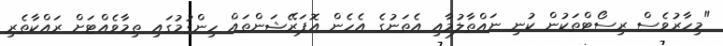
"މިހާރުވެސް ރިސޯޓްތަކުން ކުނި ނައްތާލުމާއި އެތަނުގެ އެހެން އޮޕަރޭޝަންތައް ހިންގުމުގައި ތިމާވެއްޓަށް ރައްކާތެރި